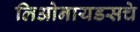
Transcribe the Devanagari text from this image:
लिओनायडसचे